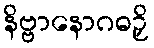
နိဗ္ဗာနောဂဓဉှိ